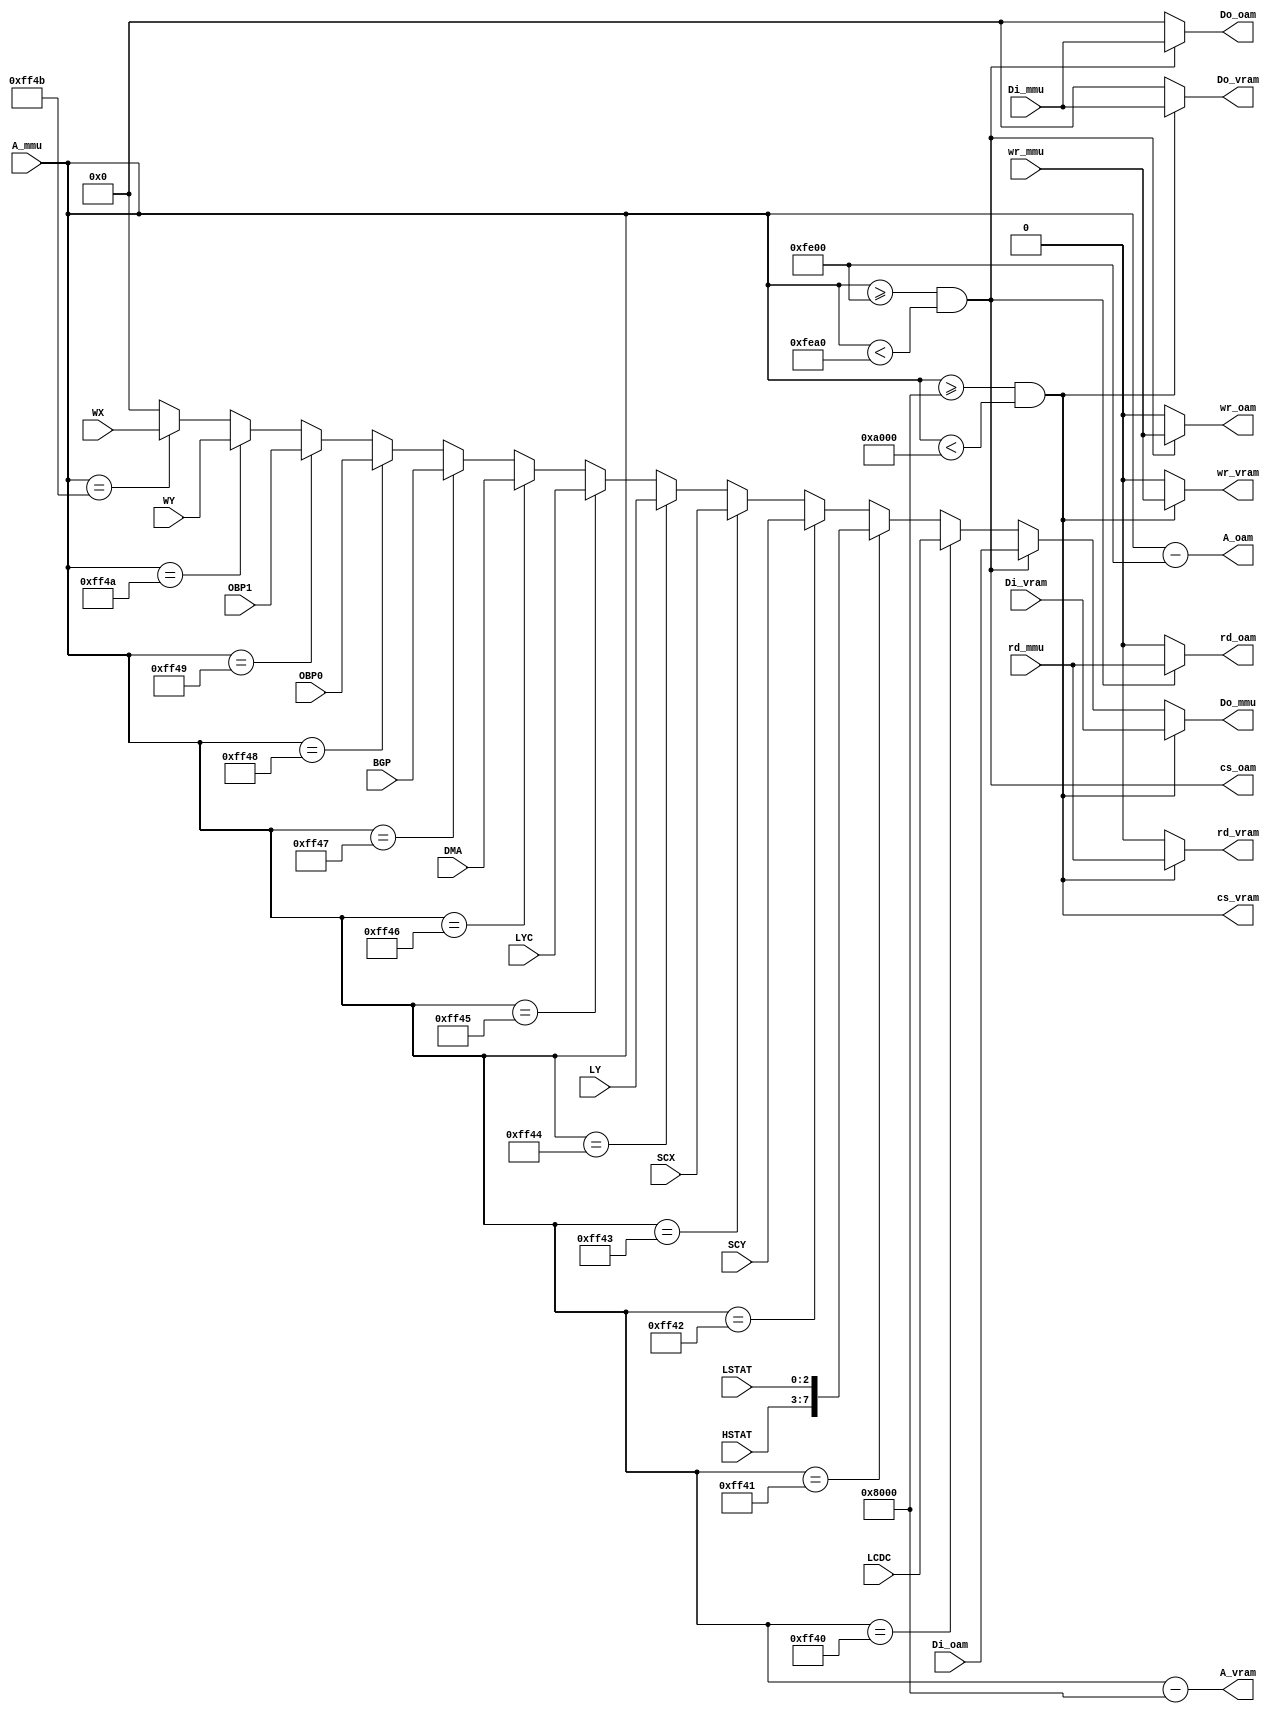
module ppuInternalMMU(

   input    [15:0]   A_mmu,
   output   [7:0]    Do_mmu,
   input    [7:0]    Di_mmu,
   input             wr_mmu,
   input             rd_mmu,

   output   [15:0]   A_vram,
   output   [7:0]    Do_vram,
   input    [7:0]    Di_vram,
   output            cs_vram,
   output            wr_vram,
   output            rd_vram,
   
   output   [15:0]   A_oam,
   output   [7:0]    Do_oam,
   input    [7:0]    Di_oam,
   output            cs_oam, 
   output            wr_oam,
   output            rd_oam,

   input   [7:0] LCDC,
   input   [4:0] HSTAT,
   input   [2:0] LSTAT,
   input   [7:0] SCY ,
   input   [7:0] SCX ,
   input   [7:0] LY  ,
   input   [7:0] LYC ,
   input   [7:0] DMA ,
   input   [7:0] BGP ,
   input   [7:0] OBP0,
   input   [7:0] OBP1,
   input   [7:0] WY  ,
   input   [7:0] WX    
   
);

   
   assign A_vram = A_mmu - 16'h8000;
   assign A_oam = A_mmu - 16'hFE00;

   assign wr_vram =   cs_vram ? wr_mmu : 1'b0;
   assign wr_oam =  cs_oam ? wr_mmu : 1'b0;

   assign rd_vram =   cs_vram ? rd_mmu : 1'b0;
   assign rd_oam =  cs_oam ? rd_mmu : 1'b0;

   assign cs_vram = A_mmu >= 16'h8000 && A_mmu < 16'hA000;
   assign cs_oam = A_mmu >= 16'hFE00 && A_mmu < 16'hFEA0;

   assign Do_mmu = cs_vram ? Di_vram : (cs_oam ? Di_oam : 
         A_mmu == 16'hFF40 ? LCDC :
         A_mmu == 16'hFF41 ? {HSTAT, LSTAT} :
         A_mmu == 16'hFF42 ? SCY  :
         A_mmu == 16'hFF43 ? SCX  :
         A_mmu == 16'hFF44 ? LY   :
         A_mmu == 16'hFF45 ? LYC  :
         A_mmu == 16'hFF46 ? DMA  :
         A_mmu == 16'hFF47 ? BGP  :
         A_mmu == 16'hFF48 ? OBP0 :
         A_mmu == 16'hFF49 ? OBP1 :
         A_mmu == 16'hFF4A ? WY   :
         A_mmu == 16'hFF4B ? WX   :
         8'b0);

   assign Do_vram = cs_vram ? Di_mmu : 8'b0;
   assign Do_oam = cs_oam ? Di_mmu : 8'b0;



endmodule